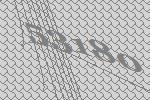
53180